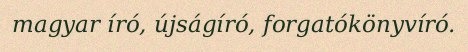
magyar író, újságíró, forgatókönyvíró.